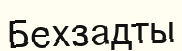
Бехзадты